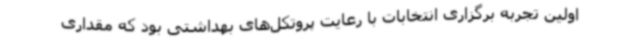
اولین تجربه برگزاری انتخابات با رعایت پروتکل‌های بهداشتی بود که مقداری